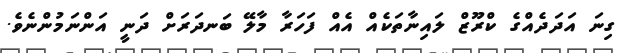
ގިނަ އަދަދެއްގެ ކްރޫޒް ލައިނާތަކެއް އެއް ފަހަރާ މާލޭ ބަނދަރަށް ދަނީ އަންނަމުންނެވެ.